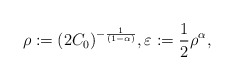
\begin{align*} \rho := (2C_0)^{-\frac{1}{{(1 - \alpha)}}}, \varepsilon := \dfrac{1}{2} \rho^{\alpha},\end{align*}